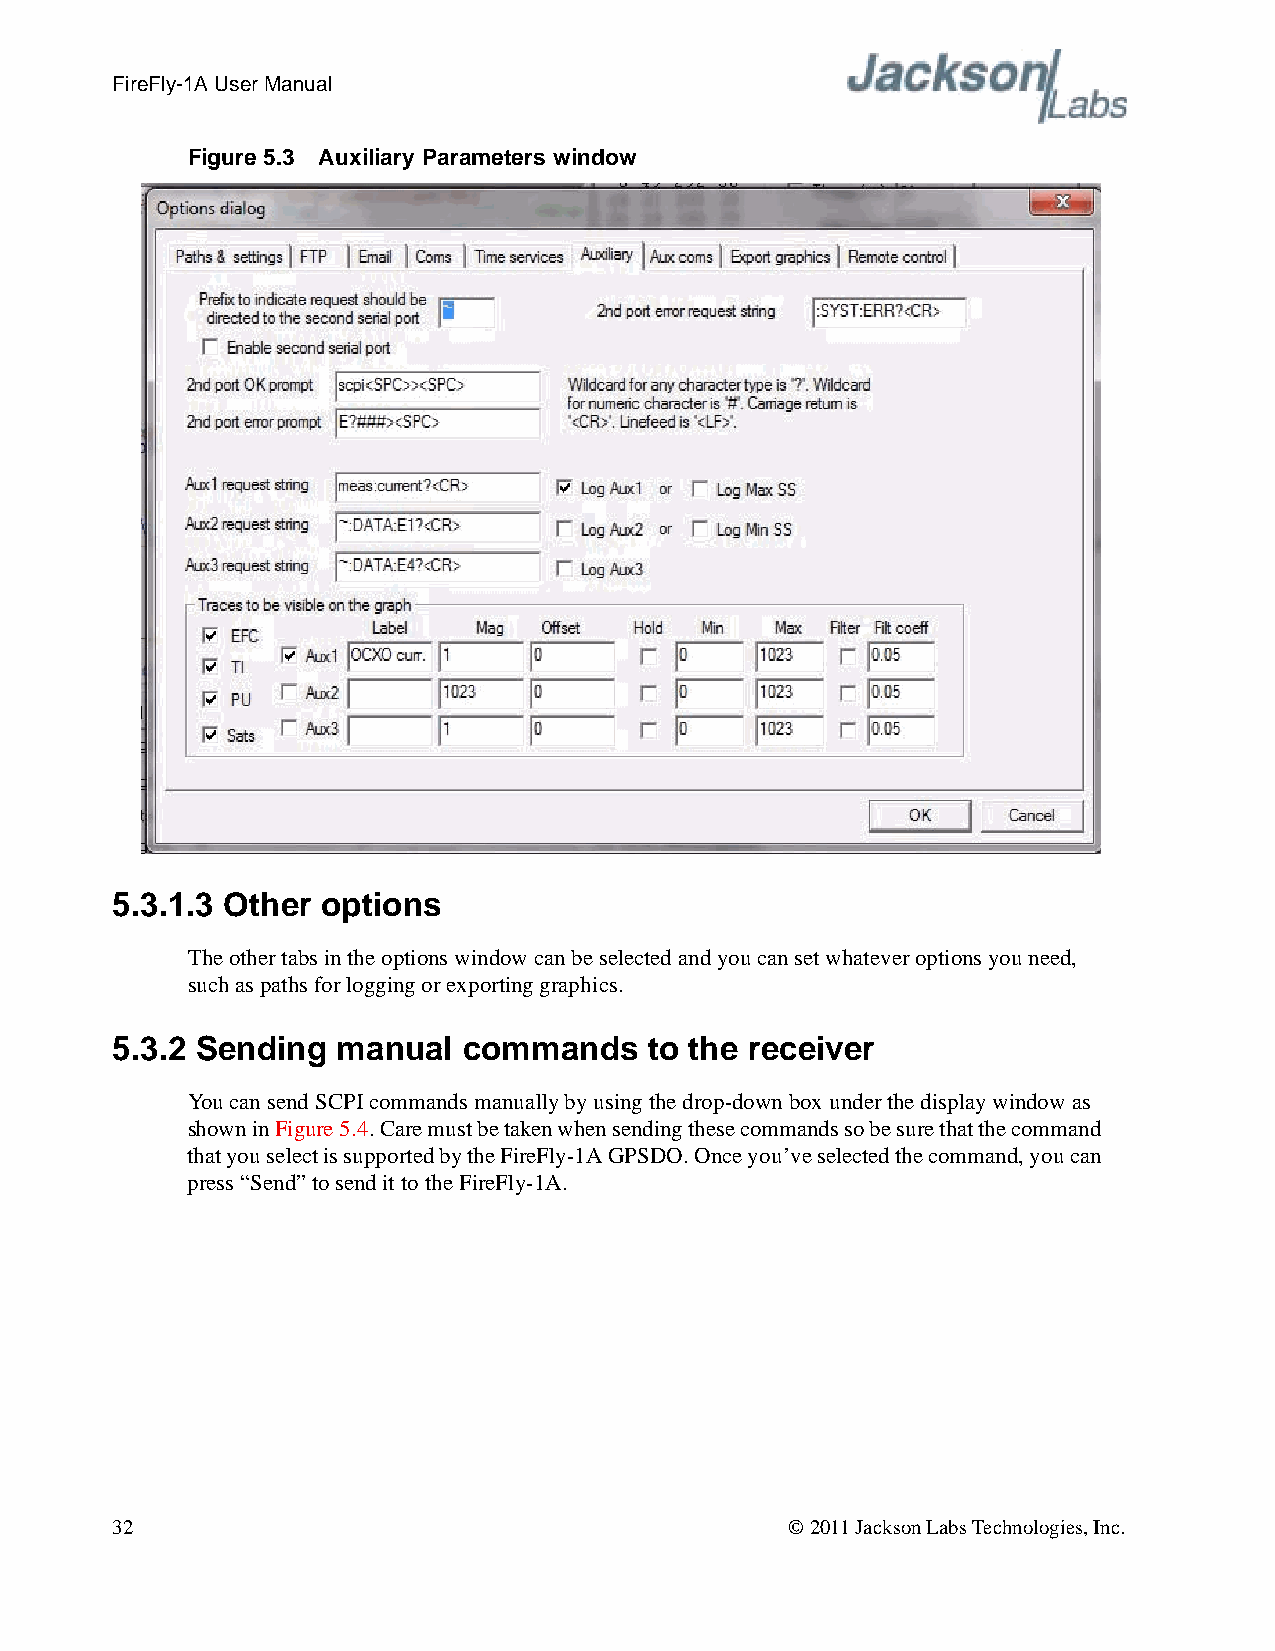
FireFly-1A User Manual
 Figure 5.3 Auxiliary Parameters window
 5.3.1.3 Other options
 The other tabs in the options window can be selected and you can set whatever options you need,
 such as paths for logging or exporting graphics.
 5.3.2 Sending  manual   commands    to the receiver
 You can send SCPI commands manually by using the drop-down box under the display window as
 shown in Figure5.4. Care must be taken when sending these commands so be sure that the command
 that you select is supported by the FireFly-1A GPSDO. Once you’ve selected the command, you can
 press “Send” to send it to the FireFly-1A.
 32                                           © 2011 Jackson Labs Technologies, Inc.